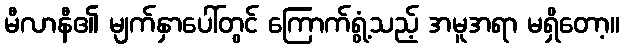
မီလာနီ၏ မျက်နှာပေါ်တွင် ကြောက်ရွံ့သည့် အမူအရာ မရှိတော့။